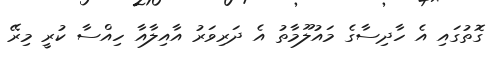
ގޮތުގައި އެ ހާދިސާގެ މައުލޫމާތު އެ ދަރިވަރު އާއިލާއާ ހިއްސާ ކުރީ މިރޭ